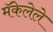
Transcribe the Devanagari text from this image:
मॅकेलेले